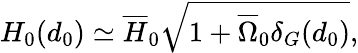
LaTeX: H_{0}(d_{0})\simeq{\overline{{{H}}}_{0}}\sqrt{1+{\overline{{{\Omega}}}_{0}}\delta_{G}(d_{0})},